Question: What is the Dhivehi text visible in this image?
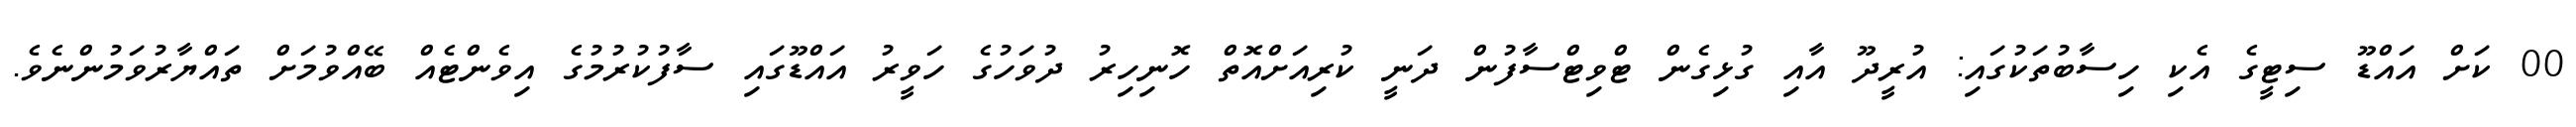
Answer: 00 ކަށް އައްޑޫ ސިޓީގެ އެކި ހިސާބުތަކުގައި: އުރީދޫ އާއި ގުޅިގެން ޓްވިޓްސާފުން ދަނީ ކުރިއަށްއޮތް ހޮނިހިރު ދުވަހުގެ ހަވީރު އައްޑޫގައި ސާފުކުރުމުގެ އިވެންޓެއް ބޭއްވުމަށް ތައްޔާރުވަމުންނެވެ.